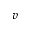
v